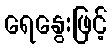
ရေနွေးဖြင့်